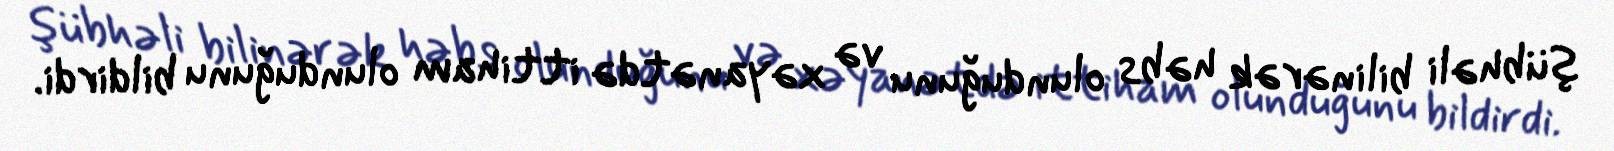
şübhəli bilinərək həbs olunduğunu və xəyanətdə ittiham olunduğunu bildirdi.